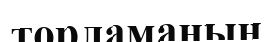
торламаның